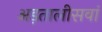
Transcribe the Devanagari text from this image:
अड़तालीसवां